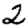
Digit: 2